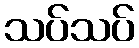
သပ်သပ်